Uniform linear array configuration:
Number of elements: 12
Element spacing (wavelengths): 0.25
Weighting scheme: binomial
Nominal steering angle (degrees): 30
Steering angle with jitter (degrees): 31.642
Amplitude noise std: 0.05
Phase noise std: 0.05

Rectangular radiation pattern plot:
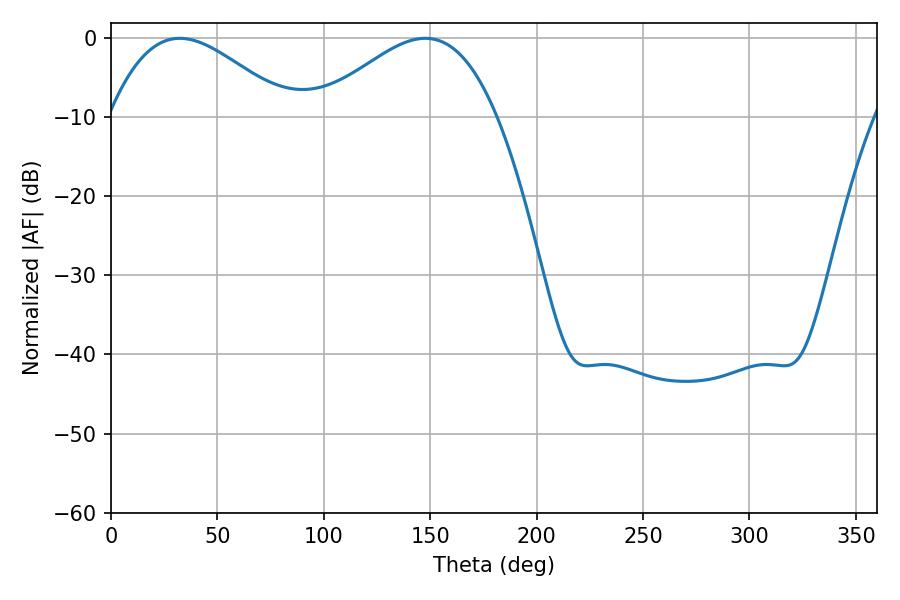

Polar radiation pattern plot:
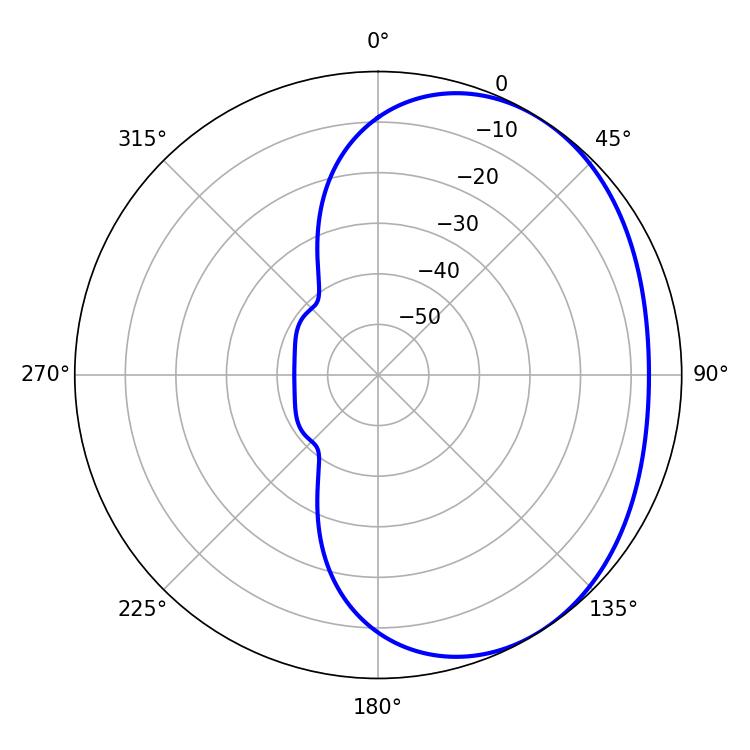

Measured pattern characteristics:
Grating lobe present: FALSE
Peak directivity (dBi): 2.79
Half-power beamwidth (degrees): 45.36
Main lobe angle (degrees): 32.4